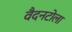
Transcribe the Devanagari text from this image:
वैदनटोला